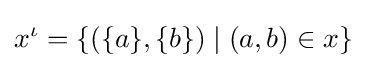
x^{\iota }=\{(\{a\},\{b\})\mid (a,b)\in x\}